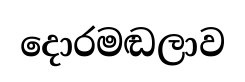
දොරමඬලාව